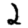
Digit: 2